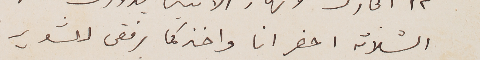
التلاته احضر انا واخذكما برفقى للشوير